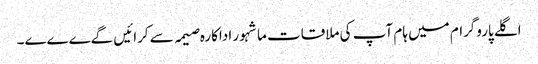
اگلے پاروگرام میں ہام آپ کی ملاقات ماشہور اداکارہ صیمہ سے کرائیں گےےےے۔